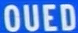
OUED